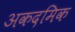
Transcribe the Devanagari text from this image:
अकदमिक